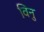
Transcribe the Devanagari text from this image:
विनु